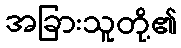
အခြားသူတို့၏